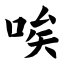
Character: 唉